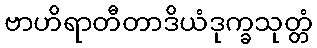
ဗာဟိရာတီတာဒိယံဒုက္ခသုတ္တံ